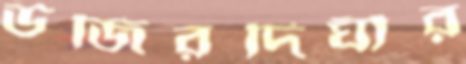
উজিরদিঘীর